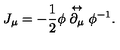
J _ { \mu } = - \frac { 1 } { 2 } \phi \stackrel { \leftrightarrow } { \partial _ { \mu } } \phi ^ { - 1 } .